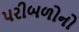
પરીબળોનો